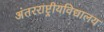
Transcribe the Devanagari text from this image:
अंतरराष्ट्रीयविद्यालय